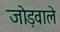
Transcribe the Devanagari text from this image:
जोड़वाले